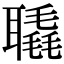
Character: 𦗨